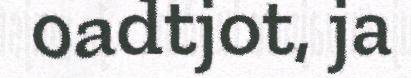
oadtjot, ja